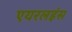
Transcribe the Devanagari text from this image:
एयरलइंस